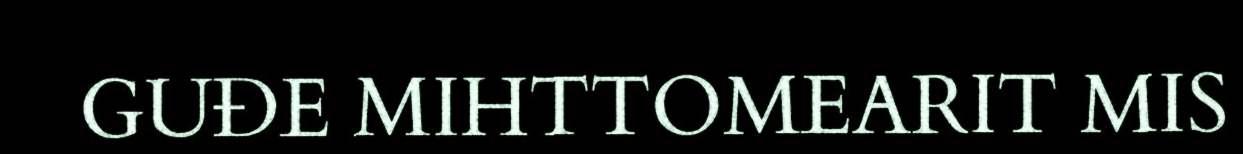
GUĐE MIHTTOMEARIT MIS